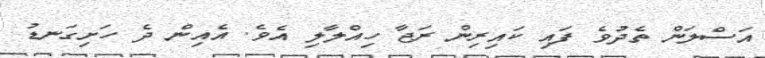
އަސްލަން ތެދުވެ ފައި ކައިރިން ރަޖާ ހިއްލާލި އެވެ. އެއިން ދެ ހަށިގަނޑު